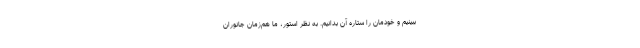
ببینیم و خودمان را ستارهٔ آن بدانیم. به نظر استور، ما هم‌زمان جانوران